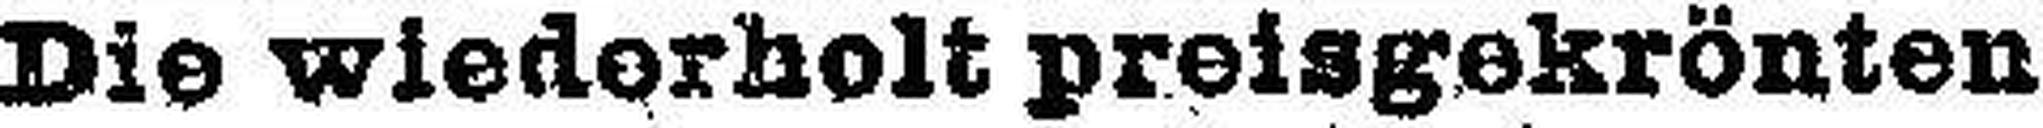
Die wiederholt preisgekrönten